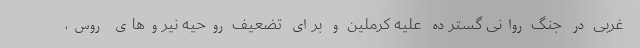
غربی در جنگ روانی گسترده علیه کرملین و برای تضعیف روحیه نیروهای روس،